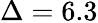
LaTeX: \Delta=6.3